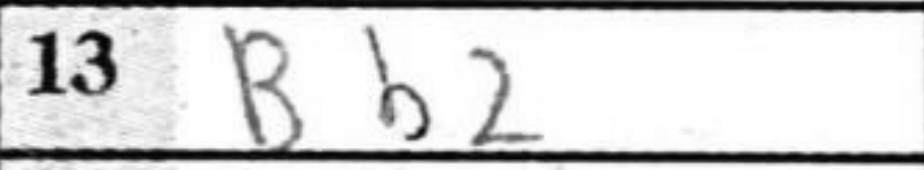
Transcription: Bb2